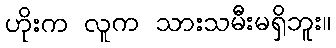
ဟိုးက လူက သားသမီးမရှိဘူး။